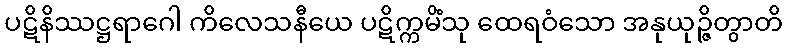
ပဋိနိဿဋ္ဌရာဂေါ ကိလေသနီယေ ပဋိက္ကမိံသု ထေရဝံသော အနုယုဉ္ဇိတွာတိ